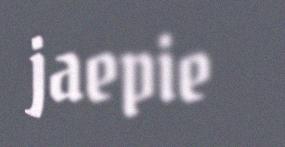
jaepie